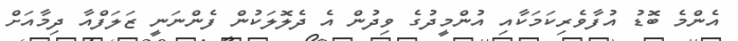
އެންމެ ބޮޑު އުފާވެރިކަމަކާއި އުންމީދުގެ ވިދުން އެ ދެލޮލަކުން ފެންނަނީ ޒަލަފްއާ ދިމާއަށް